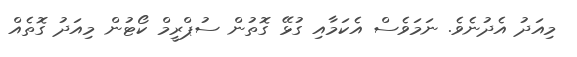
މިއަދު އެދުނެވެ. ނަމަވެސް އެކަމާއި ގުޅޭ ގޮތުން ސުޕްރީމް ކޯޓުން މިއަދު ގޮތެއް